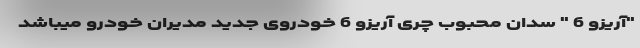
"آریزو 6 " سدان محبوب چری آریزو 6 خودروی جدید مدیران خودرو میباشد